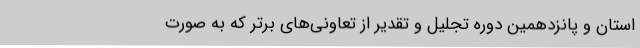
استان و پانزدهمین دوره تجلیل و تقدیر از تعاونی‌های برتر که به صورت